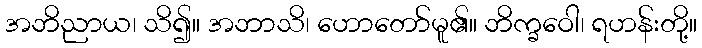
အဘိညာယ၊ သိ၍။ အဘာသိ၊ ဟောတော်မူ၏။ ဘိက္ခဝေါ၊ ရဟန်းတို့။